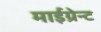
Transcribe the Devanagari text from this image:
माईग्रेन्ट